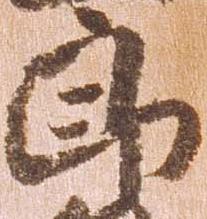
郎